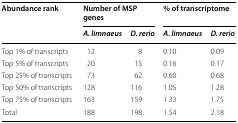
| <ROWSPAN=2> Abundance rank | <COLSPAN=2> Number of MSP genes | <COLSPAN=2> % of transcriptome |
 | A. limnaeus | D. rerio | A. limnaeus | D. rerio |
 | --- | --- | --- | --- | --- |
 | Top 1% of transcripts | 12 | 8 | 0.10 | 0.09 |
 | Top 5% of transcripts | 20 | 15 | 0.16 | 0.17 |
 | Top 25% of transcripts | 73 | 62 | 0.60 | 0.68 |
 | Top 50% of transcripts | 128 | 116 | 1.05 | 1.28 |
 | Top 75% of transcripts | 163 | 159 | 1.33 | 1.75 |
 | Total | 188 | 198 | 1.54 | 2.18 |